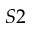
S 2